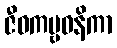
ဇီဝကမ္ဗဝနိကာ